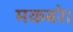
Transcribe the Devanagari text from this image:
मकबरे।